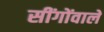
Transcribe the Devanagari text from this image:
सींगोंवाले